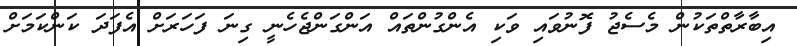
އިބާރާތްތަކުން މެސެޖު ފޮނުވައި ވަކި އެންގުންތައް އަންގަންޖެހެނީ ގިނަ ފަހަރަށް އެފަދަ ކަންކަމަށް